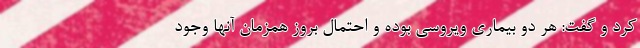
کرد و گفت: هر دو بیماری ویروسی بوده و احتمال بروز همزمان آنها وجود